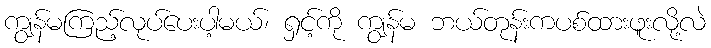
ကျွန်မကြည့်လုပ်ပေးပါ့မယ်၊ ရှင့်ကို ကျွန်မ ဘယ်တုန်းကပစ်ထားဖူးလို့လဲ